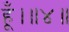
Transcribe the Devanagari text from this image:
हूँ।॥४॥